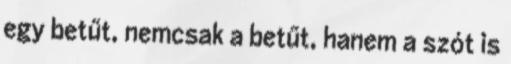
egy betűt, nemcsak a betűt, hanem a szót is